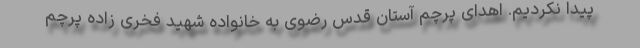
پیدا نکردیم. اهدای پرچم آستان قدس رضوی به خانواده شهید فخری زاده پرچم